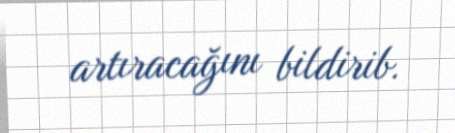
artıracağını bildirib.